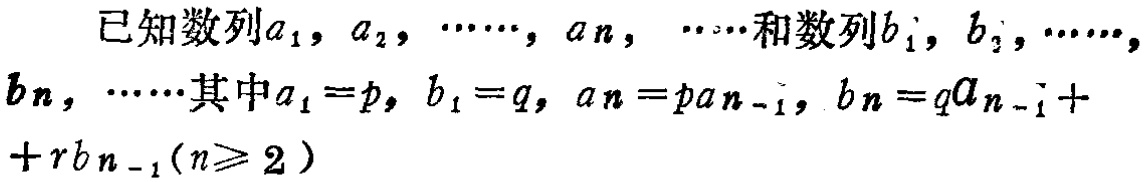
已知数列\(a_{1},a_{2},\cdots,a_{n},\cdots\)和数列\(b_{1},b_{2},\cdots,b_{n},\cdots\)其中\(a_{1}=p\)，\(b_{1}=q\)，\(a_{n}=pa_{n - 1}\)，\(b_{n}=qa_{n - 1}+rb_{n - 1}(n\geqslant 2)\)